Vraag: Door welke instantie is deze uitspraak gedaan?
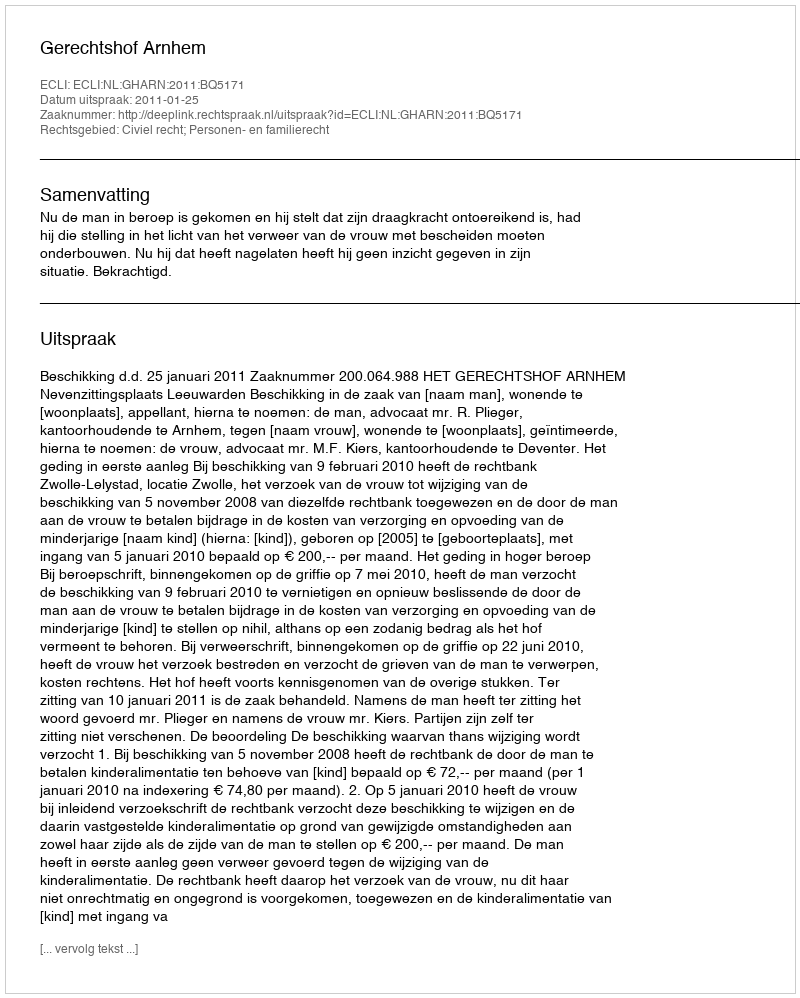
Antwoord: Gerechtshof Arnhem